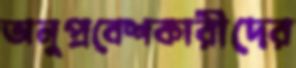
অনুপ্রবেশকারীদের